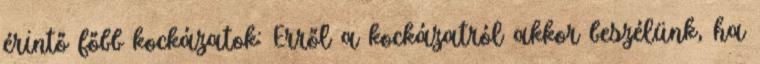
érintő főbb kockázatok: Erről a kockázatról akkor beszélünk, ha